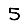
Digit: 5